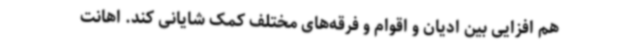
هم افزایی بین ادیان و اقوام و فرقه‌های مختلف کمک شایانی کند. اهانت